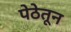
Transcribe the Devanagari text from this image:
पेठेतून